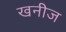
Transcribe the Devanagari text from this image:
खनीज